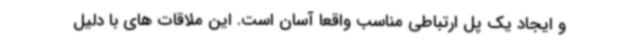
و ایجاد یک پل ارتباطی مناسب واقعا آسان است. این ملاقات های با دلیل